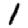
Digit: 1